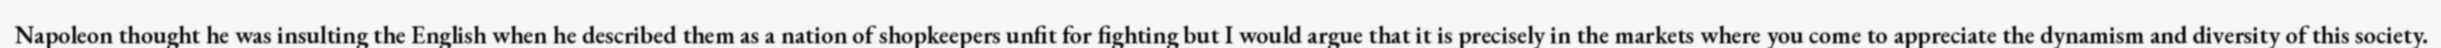
Napoleon thought he was insulting the English when he described them as a nation of shopkeepers unfit for fighting but I would argue that it is precisely in the markets where you come to appreciate the dynamism and diversity of this society.